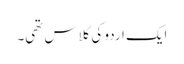
ایک اردو کی کلاس تھی۔